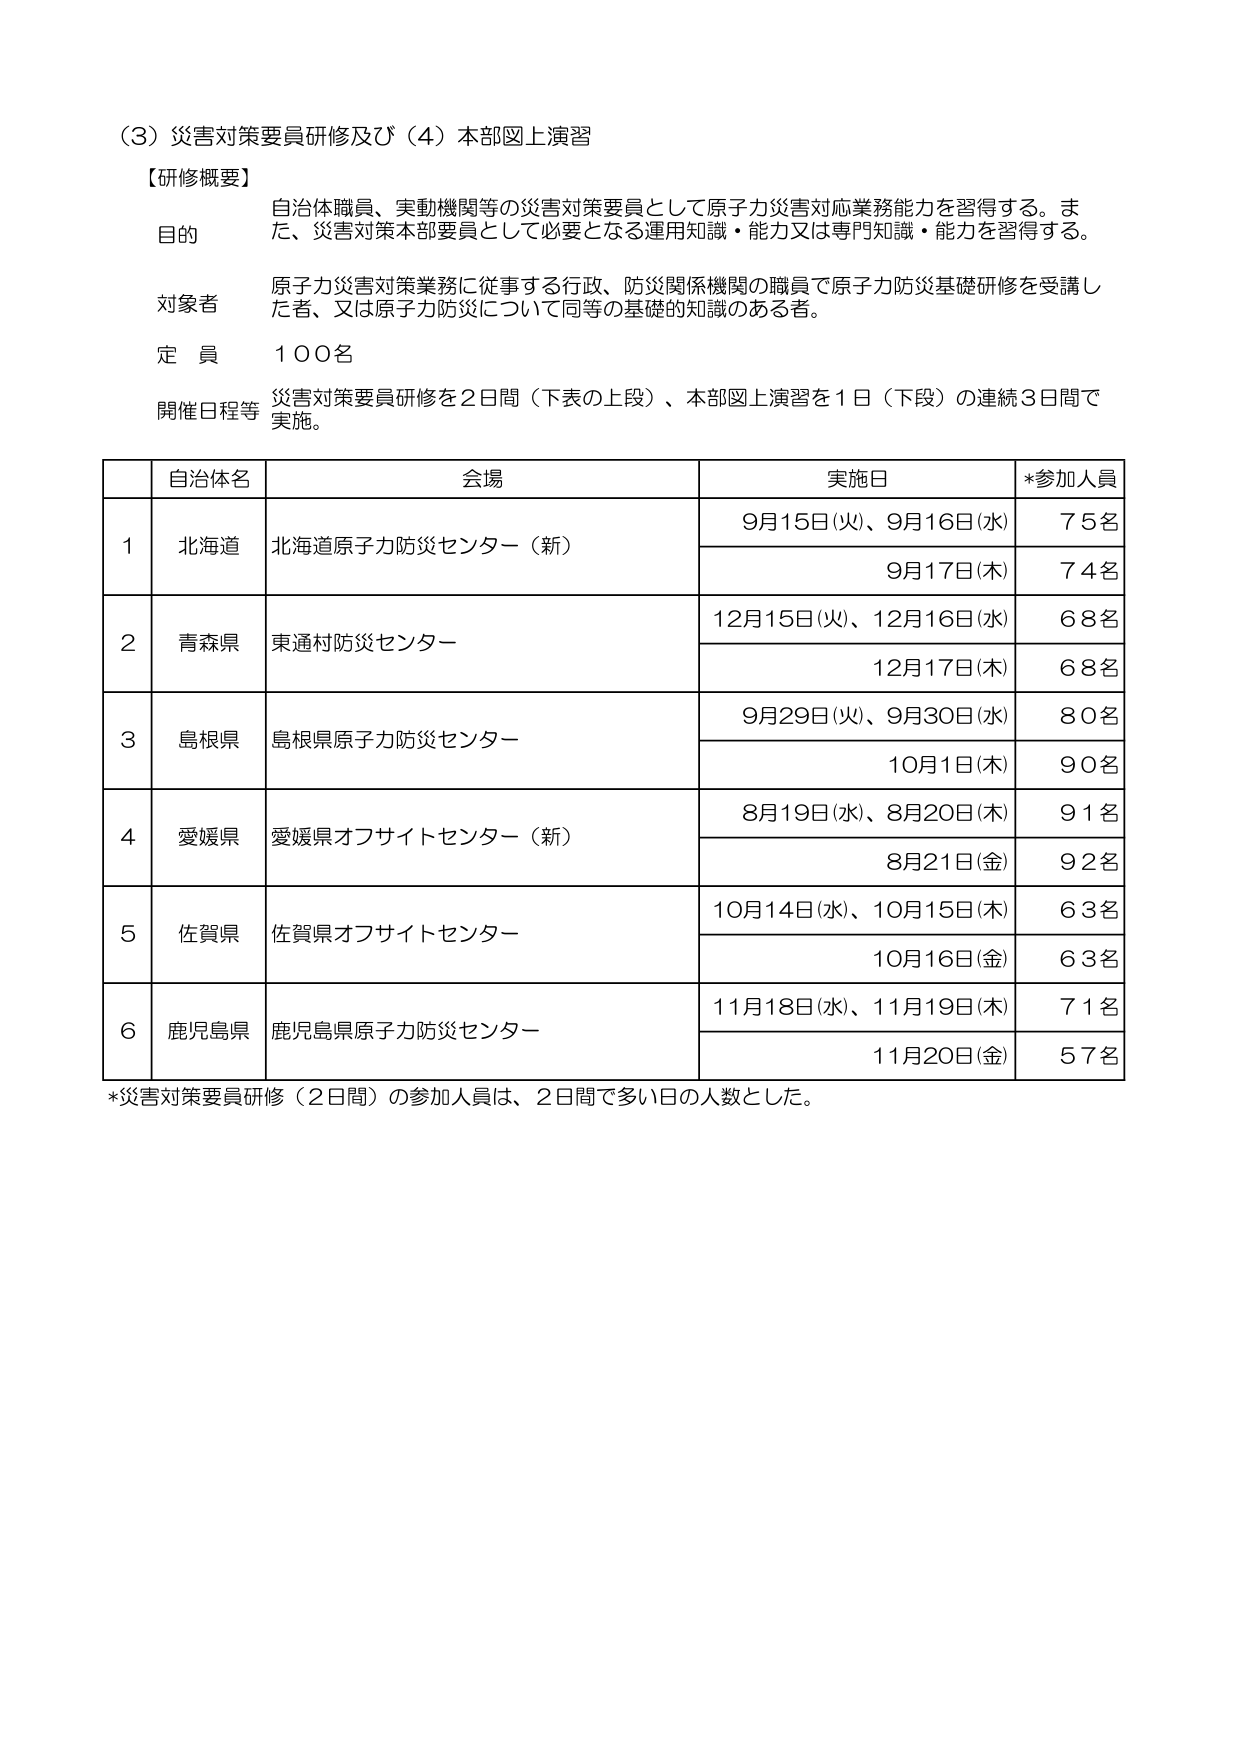
（3）災害対策要員研修及び（4）本部図上演習

【研修概要】
目的　自治体職員、実動機関等の災害対策要員として原子力災害対応業務能力を習得する。また、災害対策本部要員として必要となる運用知識・能力又は専門知識・能力を習得する。
対象者　原子力災害対策業務に従事する行政、防災関係機関の職員で原子力防災基礎研修を受講した者、又は原子力防災について同等の基礎的知識のある者。
定員　１００名
開催日程等　災害対策要員研修を２日間（下表の上段）、本部図上演習を１日（下段）の連続３日間で実施。

自治体名　会場　実施日　*参加人員
1　北海道　北海道原子力防災センター（新）　9月15日(火)、9月16日(水)　75名
　　　　　　　　　　　　　　　　　　　　9月17日(木)　74名
2　青森県　東通村防災センター　12月15日(火)、12月16日(水)　68名
　　　　　　　　　　　　　　　　　　　　12月17日(木)　68名
3　島根県　島根県原子力防災センター　9月29日(火)、9月30日(水)　80名
　　　　　　　　　　　　　　　　　　　　10月1日(木)　90名
4　愛媛県　愛媛県オフサイトセンター（新）　8月19日(水)、8月20日(木)　91名
　　　　　　　　　　　　　　　　　　　　8月21日(金)　92名
5　佐賀県　佐賀県オフサイトセンター　10月14日(水)、10月15日(木)　63名
　　　　　　　　　　　　　　　　　　　　10月16日(金)　63名
6　鹿児島県　鹿児島県原子力防災センター　11月18日(水)、11月19日(木)　71名
　　　　　　　　　　　　　　　　　　　　11月20日(金)　57名

*災害対策要員研修（２日間）の参加人員は、２日間で多い日の人数とした。